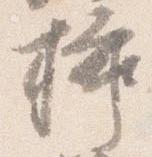
挿